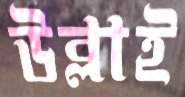
উব্লাই